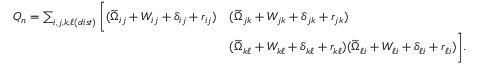
\begin{array} { r l } { Q _ { n } = \sum _ { i , j , k , \ell ( d i s t ) } \bigg [ ( \widetilde { \Omega } _ { i j } + W _ { i j } + \delta _ { i j } + r _ { i j } ) } & { ( \widetilde { \Omega } _ { j k } + W _ { j k } + \delta _ { j k } + r _ { j k } ) } \\ & { ( \widetilde { \Omega } _ { k \ell } + W _ { k \ell } + \delta _ { k \ell } + r _ { k \ell } ) ( \widetilde { \Omega } _ { \ell i } + W _ { \ell i } + \delta _ { \ell i } + r _ { \ell i } ) \bigg ] . } \end{array}